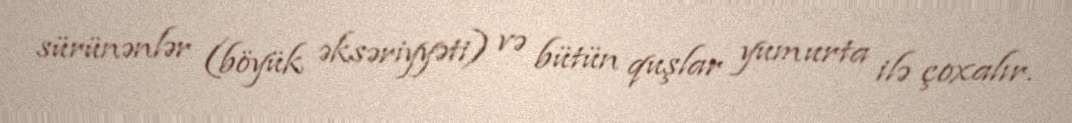
sürünənlər (böyük əksəriyyəti) və bütün quşlar yumurta ilə çoxalır.